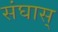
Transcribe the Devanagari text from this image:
संघास्